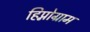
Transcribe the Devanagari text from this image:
हिप्नोग्राम